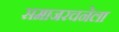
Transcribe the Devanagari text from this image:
समाजरचनेला